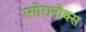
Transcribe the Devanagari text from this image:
स्पोरानोक्स